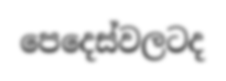
පෙදෙස්වලටද